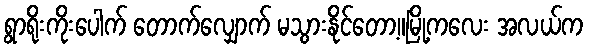
ရွာရိုးကိုးပေါက် တောက်လျှောက် မသွားနိုင်တော့။မြို့ကလေး အလယ်က